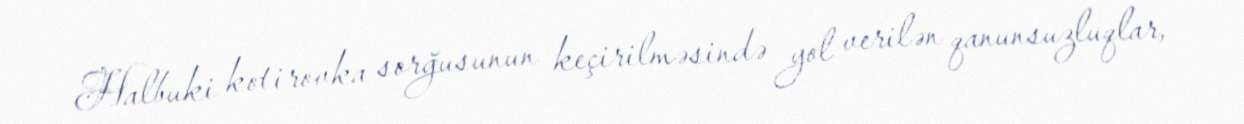
Halbuki kotirovka sorğusunun keçirilməsində yol verilən qanunsuzluqlar,